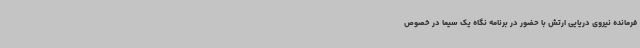
فرمانده نیروی دریایی ارتش با حضور در برنامه نگاه یک سیما در خصوص